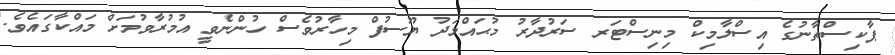
ޕާކިސްތާނުގެ އިސްލާމިކް މިނިސްޓަރ ސަރުދާރު މުޙައްމަދު ޔޫސުފް މިހާރުވެސް ހުންނެވީ އުމުރާވުމަށް މައްކާގައެވެ.